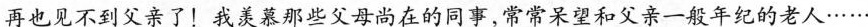
再也见不到父亲了！我羡慕那些父母尚在的同事，常常呆望和父亲一般年纪的老人……